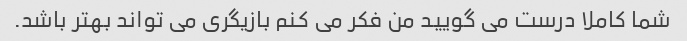
شما کاملا درست می گویید من فکر می کنم بازیگری می تواند بهتر باشد.